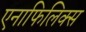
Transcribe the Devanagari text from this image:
एनाफिलिक्स